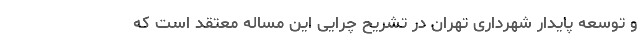
و توسعه پایدار شهرداری تهران در تشریح چرایی این مساله معتقد است که